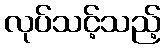
လုပ်သင့်သည့်